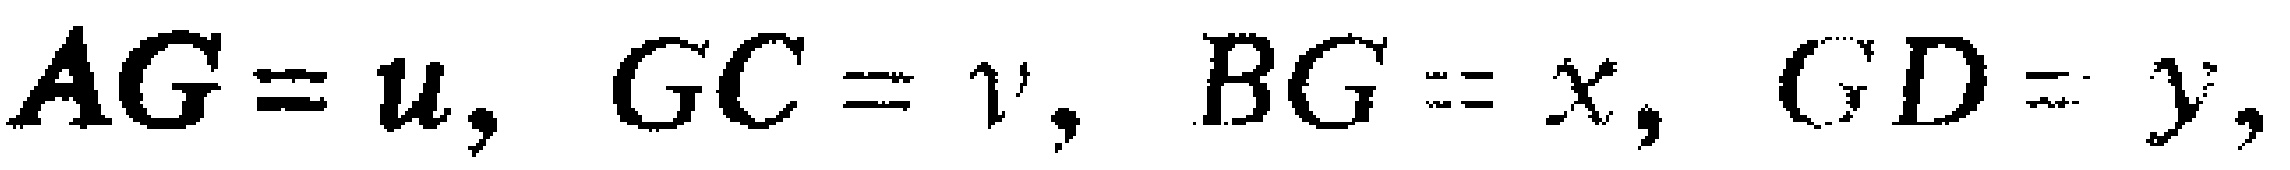
\(AG = u, GC = v, BG = x, GD = y,\)